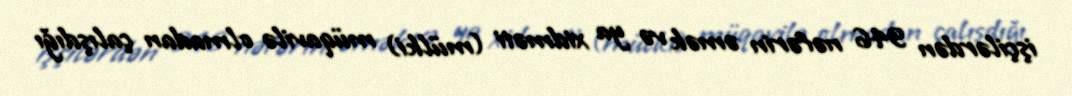
işçilərdən 946 nəfərin əmək və ya xidməti (mülki) müqavilə olmadan çalışdığı